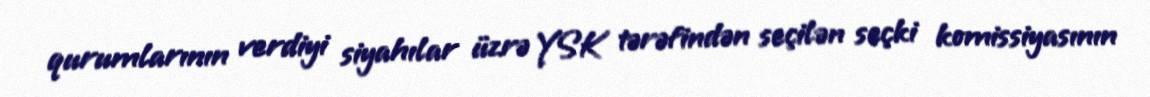
qurumlarının verdiyi siyahılar üzrə YSK tərəfindən seçilən seçki komissiyasının